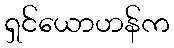
ရှင်ယောဟန်က